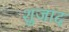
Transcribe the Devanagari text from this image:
शुजाद